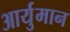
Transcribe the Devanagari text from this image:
आर्युमान